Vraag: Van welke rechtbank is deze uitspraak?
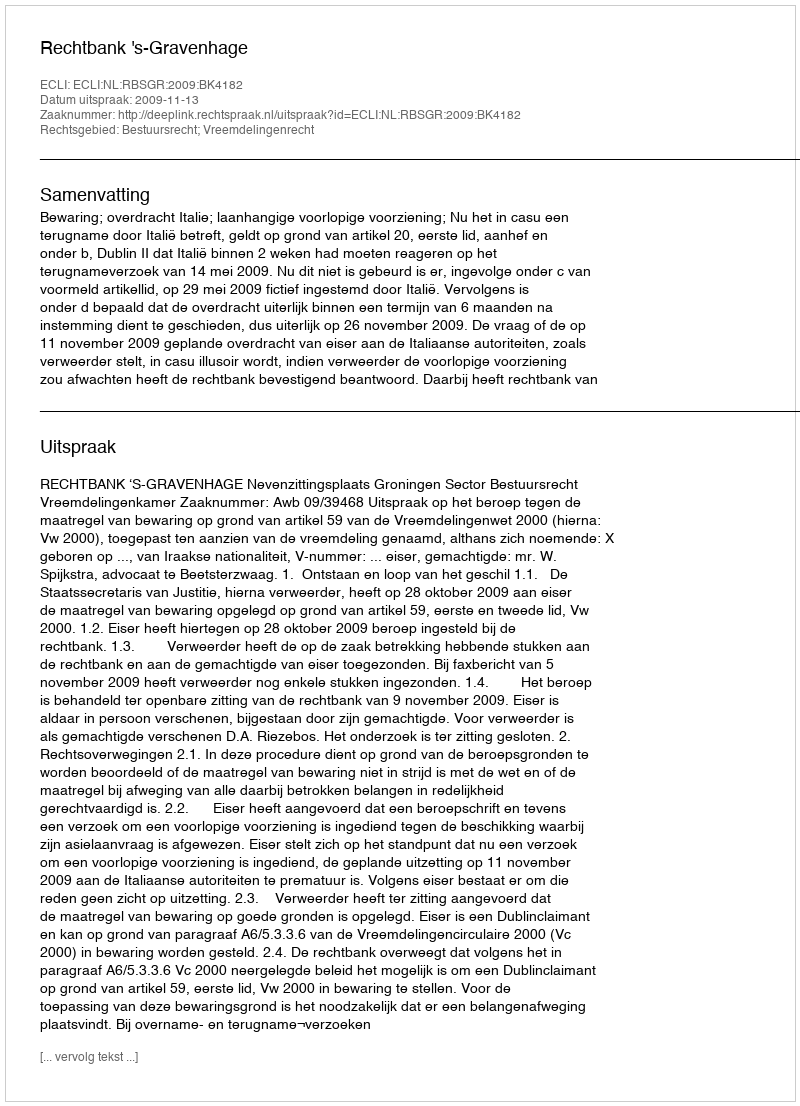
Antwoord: Rechtbank 's-Gravenhage